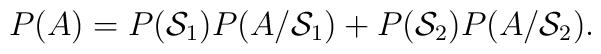
P(A)= P({\cal S}_1) P(A/{\cal S}_1) + P({\cal S}_2) P(A/{\cal S}_2).